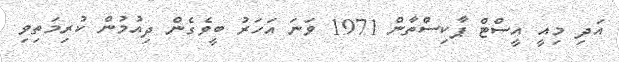
އަދި މިއީ އީސްޓް ޕާކިސްތާން 1971 ވަނަ އަހަރު ބީވެގެން ދިއުމުން ކުރިމަތިވި